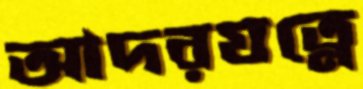
আদরযত্নে